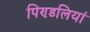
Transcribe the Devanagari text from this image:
पिण्डलियां